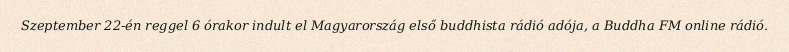
Szeptember 22-én reggel 6 órakor indult el Magyarország első buddhista rádió adója, a Buddha FM online rádió.